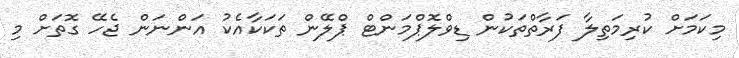
މިކަމަށް ކުރިމަތިލާ ފަރާތްތަކުން ޑިވްލޮޕްމަންޓް ޕްލޭން ތަކަކާއެކު އަންނަން ޖެހޭ ގޮތަށް މި